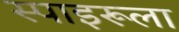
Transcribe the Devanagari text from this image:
स्पाइरूला